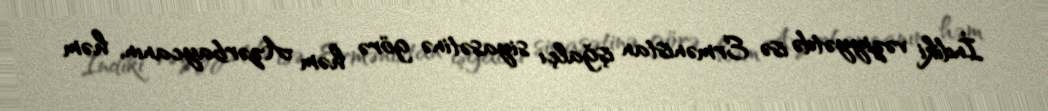
İndiki vəziyyətdə isə Ermənistan işğalçı siyasətinə görə həm Azərbaycanın, həm